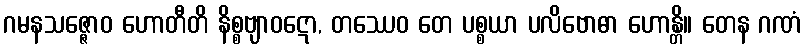
ဂမနသဇ္ဇောဝ ဟောတီတိ နိစ္စဗျာဝဋော, တဿေဝ တေ ပစ္စယာ ပလိဗောဓာ ဟောန္တိ။ တေန ဂဏံ